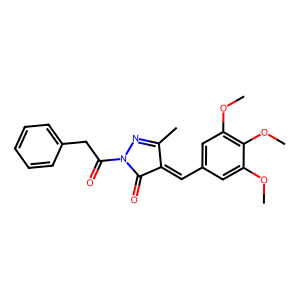
SMILES: COc1cc(C=C2C(=O)N(C(=O)Cc3ccccc3)N=C2C)cc(OC)c1OC
Inhibits HIV replication: No